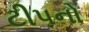
ટીપનો